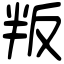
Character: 叛